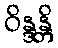
ဝိန္ဒန္တိ